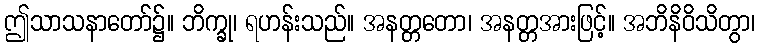
ဤသာသနာတော်၌။ ဘိက္ခု၊ ရဟန်းသည်။ အနတ္တတော၊ အနတ္တအားဖြင့်။ အဘိနိဝိသိတွာ၊